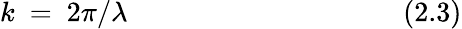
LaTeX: k~=~2\pi/\lambda~~~~~~~~~~~~~~~~~~~~~~~~~~~~~~~~~~~~~~~(2.3)